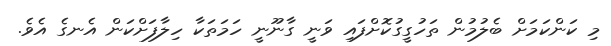
މި ކަންކަމަށް ބެލުމުން ތަހުގީގުކޮށްފައި ވަނީ ގާނޫނީ ހަމަތަކާ ހިލާފަށްކަން އެނގެ އެވެ.